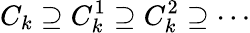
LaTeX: C_{k}\supseteq C_{k}^{1}\supseteq C_{k}^{2}\supseteq\cdots